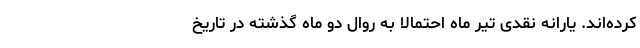
کرده‌اند. یارانه نقدی تیر ماه احتمالا به روال دو ماه گذشته در تاریخ